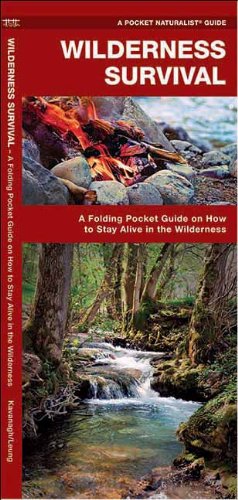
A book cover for Wilderness Survival: A Folding Pocket Guide on How to Stay Alive in the Wilderness (Pocket Tutor Series); James Kavanagh; Sports & Outdoors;